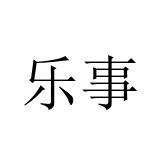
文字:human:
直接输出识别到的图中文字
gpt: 乐事